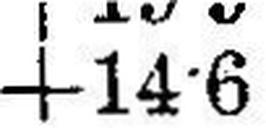
+14•6